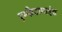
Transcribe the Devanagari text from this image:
एम्फेटामाइंस